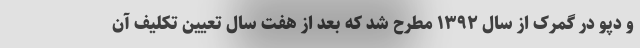
و دپو در گمرک از سال ۱۳۹۲ مطرح شد که بعد از هفت سال تعیین تکلیف آن